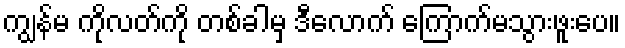
ကျွန်မ ကိုလတ်ကို တစ်ခါမှ ဒီလောက် ကြောက်မသွားဖူးပေ။